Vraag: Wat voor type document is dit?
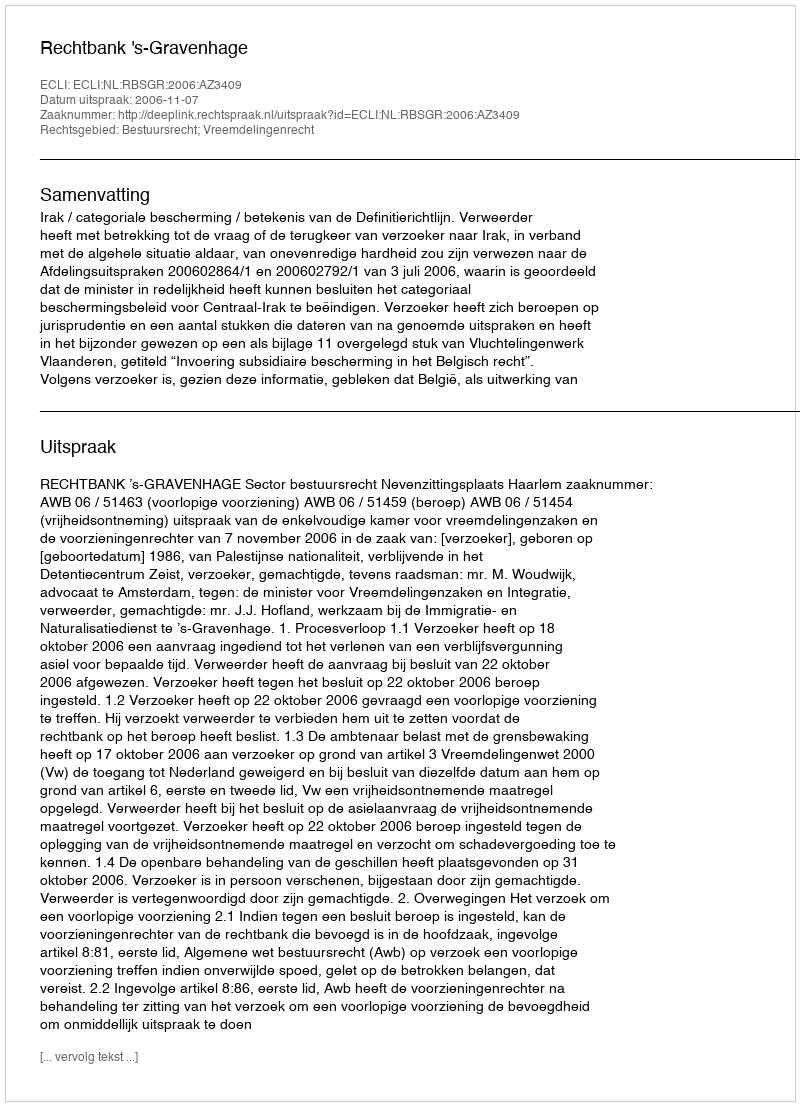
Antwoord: Uitspraak